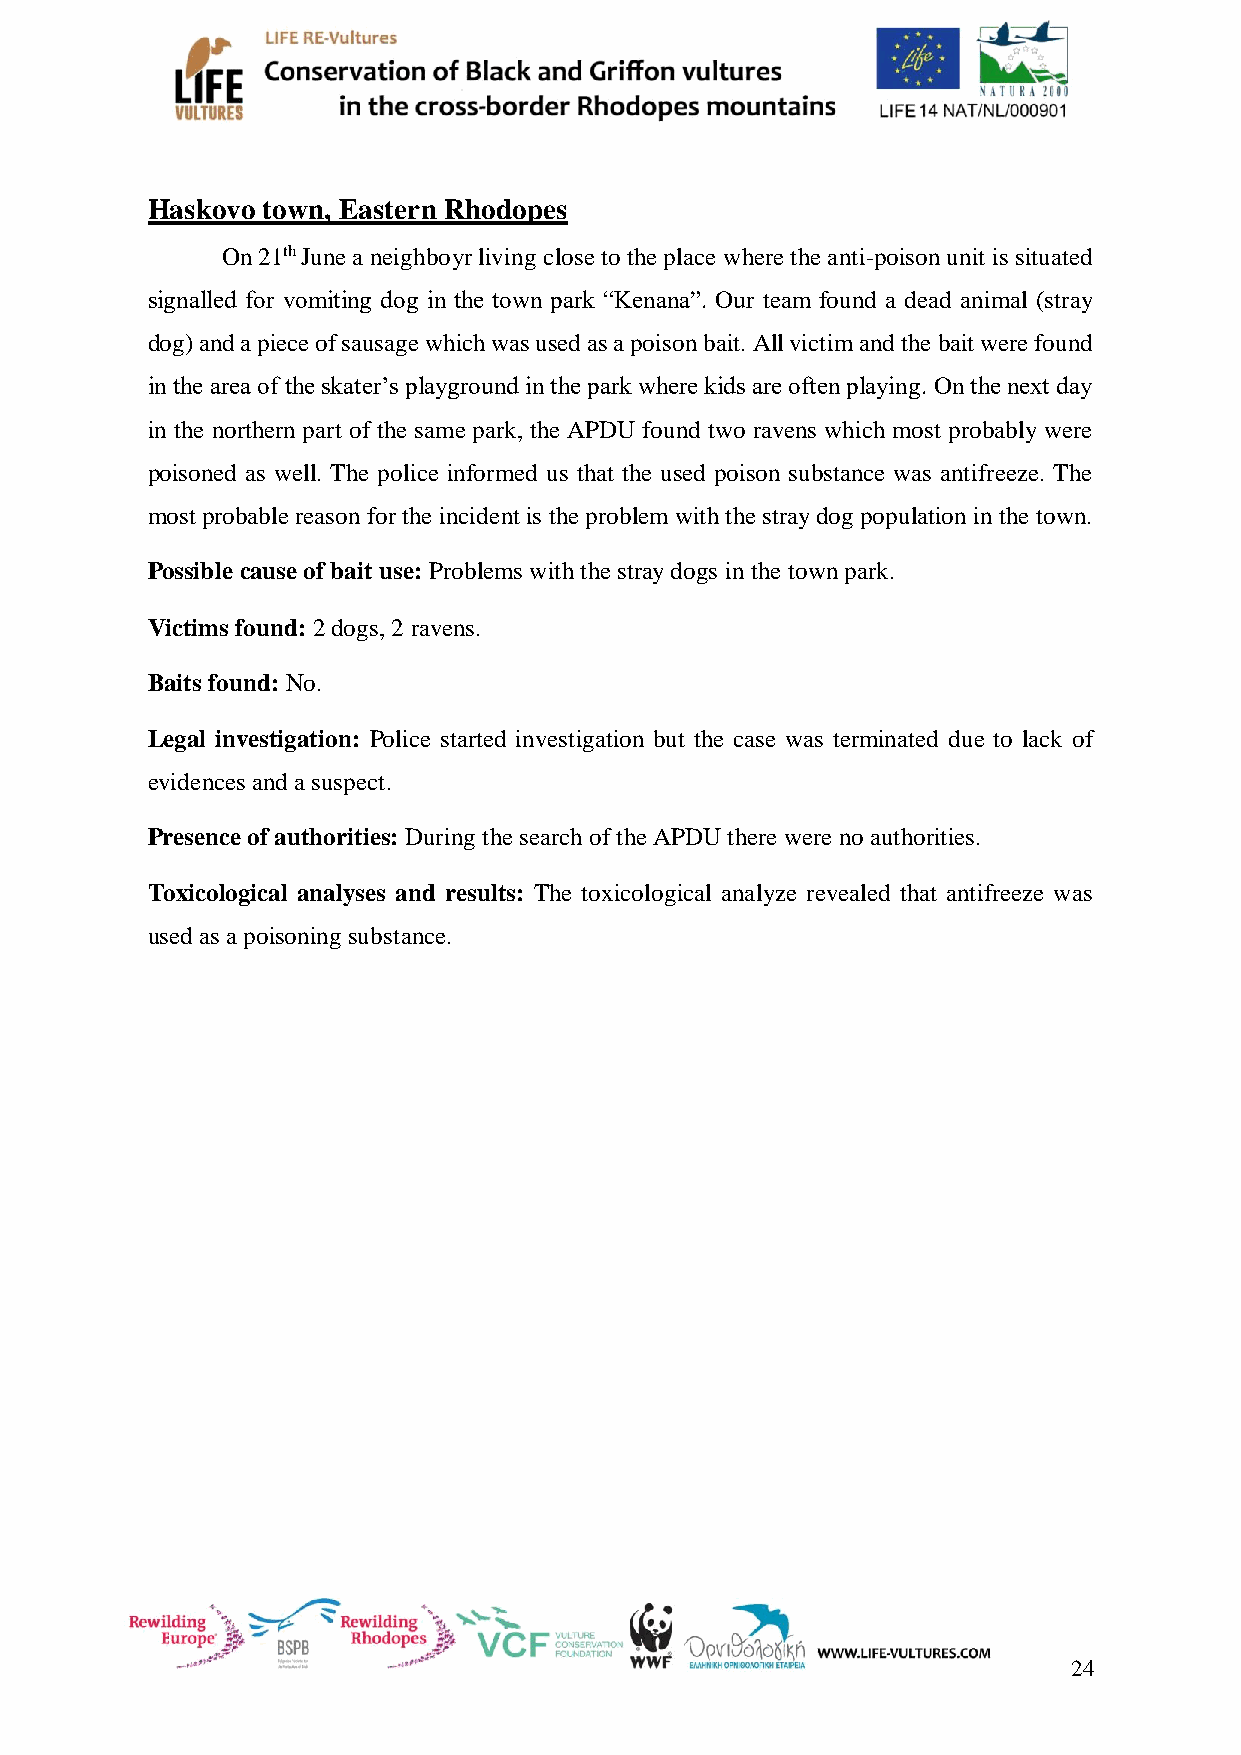
Haskovo town, Eastern Rhodopes
 On 21th June a neighboуr living close to the place where the anti-poison unit is situated
 signalled for vomiting dog in the town park “Kenana”. Our team found a dead animal (stray
 dog) and a piece of sausage which was used as a poison bait. All victim and the bait were found
 in the area of the skater’s playground in the park where kids are often playing. On the next day
 in the northern part of the same park, the APDU found two ravens which most probably were
 poisoned as well. The police informed us that the used poison substance was antifreeze. The
 most probable reason for the incident is the problem with the stray dog population in the town.
 Possible cause of bait use: Problems with the stray dogs in the town park.
 Victims found: 2 dogs, 2 ravens.
 Baits found: No.
 Legal investigation: Police started investigation but the case was terminated due to lack of
 evidences and a suspect.
 Presence of authorities: During the search of the APDU there were no authorities.
 Toxicological analyses and results: The toxicological analyze revealed that antifreeze was
 used as a poisoning substance.
 24